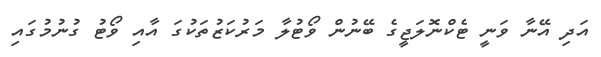
އަދި އޭނާ ވަނީ ޓެކްނޮލަޖީގެ ބޭނުން ވޯޓުލާ މަރުކަޒުތަކުގަ އާއި ވޯޓު ގުނުމުގައި